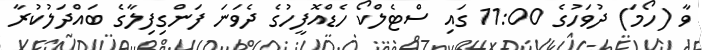
ވާ (ހޯމަ) ދުވަހުގެ 11:00 ގައި ސްޓެލްކޯ ހެޑްއޮފީހުގެ ދެވަނަ ފަންގިފިލާގެ ބައްދަލުކުރާ